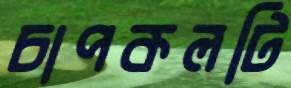
চাপকলটি